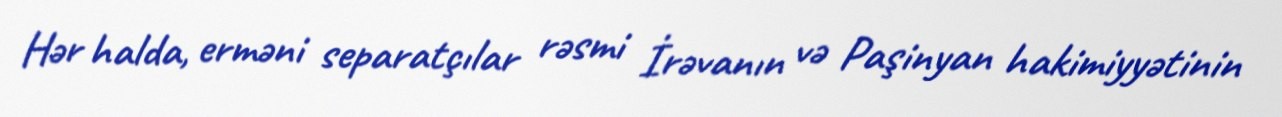
Hər halda, erməni separatçılar rəsmi İrəvanın və Paşinyan hakimiyyətinin